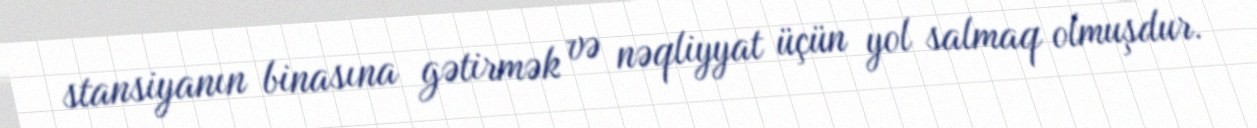
stansiyanın binasına gətirmək və nəqliyyat üçün yol salmaq olmuşdur.